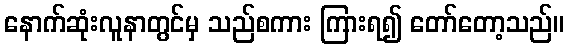
နောက်ဆုံးလူနာတွင်မှ သည်စကား ကြားရ၍ တော်တော့သည်။